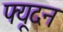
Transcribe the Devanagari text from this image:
फ्यूदन